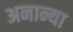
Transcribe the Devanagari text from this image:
अनान्या